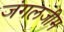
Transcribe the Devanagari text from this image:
जंगलजीम